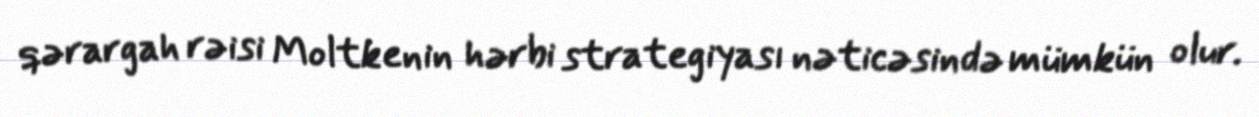
qərargah rəisi Moltkenin hərbi strategiyası nəticəsində mümkün olur.